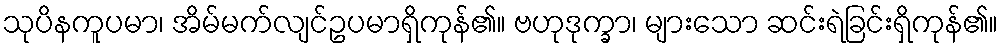
သုပိနကူပမာ၊ အိမ်မက်လျင်ဥပမာရှိကုန်၏။ ဗဟုဒုက္ခာ၊ များသော ဆင်းရဲခြင်းရှိကုန်၏။